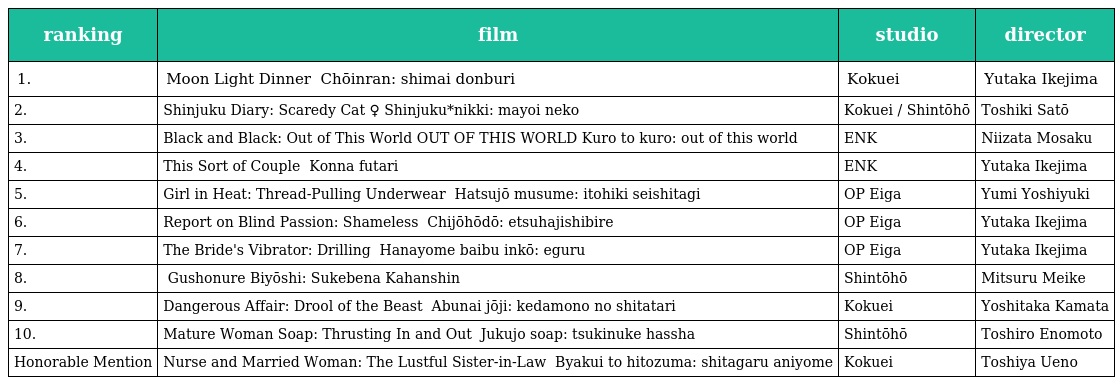
| ranking | film | studio | director |
 | --- | --- | --- | --- |
 | 1. | Moon Light Dinner 超いんらん　姉妹どんぶり Chōinran: shimai donburi | Kokuei | Yutaka Ikejima |
 | 2. | Shinjuku Diary: Scaredy Cat 新宿♀日記　迷い猫 Shinjuku*nikki: mayoi neko | Kokuei / Shintōhō | Toshiki Satō |
 | 3. | Black and Black: Out of This World 黒と黒　OUT OF THIS WORLD Kuro to kuro: out of this world | ENK | Niizata Mosaku |
 | 4. | This Sort of Couple こんな、ふたり Konna futari | ENK | Yutaka Ikejima |
 | 5. | Girl in Heat: Thread-Pulling Underwear 発情娘　糸ひき生下着 Hatsujō musume: itohiki seishitagi | OP Eiga | Yumi Yoshiyuki |
 | 6. | Report on Blind Passion: Shameless 痴情報道　悦辱肉しびれ Chijōhōdō: etsuhajishibire | OP Eiga | Yutaka Ikejima |
 | 7. | The Bride's Vibrator: Drilling 花嫁バイブ淫行　えぐる Hanayome baibu inkō: eguru | OP Eiga | Yutaka Ikejima |
 | 8. | ぐしょ濡れ美容師　すけべな下半身 Gushonure Biyōshi: Sukebena Kahanshin | Shintōhō | Mitsuru Meike |
 | 9. | Dangerous Affair: Drool of the Beast あぶない情事　獣のしたたり Abunai jōji: kedamono no shitatari | Kokuei | Yoshitaka Kamata |
 | 10. | Mature Woman Soap: Thrusting In and Out 熟女ソープ　突きぬけ発射 Jukujo soap: tsukinuke hassha | Shintōhō | Toshiro Enomoto |
 | Honorable Mention | Nurse and Married Woman: The Lustful Sister-in-Law 白衣と人妻　したがる兄嫁 Byakui to hitozuma: shitagaru aniyome | Kokuei | Toshiya Ueno |